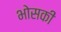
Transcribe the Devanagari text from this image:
भोसकीं